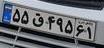
۵۵ق۴۹۵۶۱